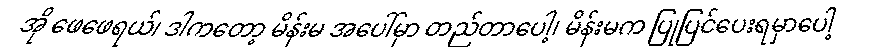
အို ဖေဖေရယ်၊ ဒါကတော့ မိန်းမ အပေါ်မှာ တည်တာပေါ့၊ မိန်းမက ပြုပြင်ပေးရမှာပေါ့